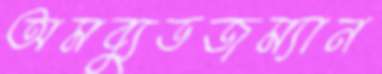
অমব্যুডজম্যান